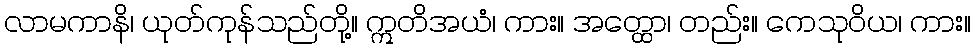
လာမကာနိ၊ ယုတ်ကုန်သည်တို့။ ဣတိအယံ၊ ကား။ အတ္ထော၊ တည်း။ ကေသုဝိယ၊ ကား။